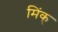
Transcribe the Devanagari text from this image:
मिंक्